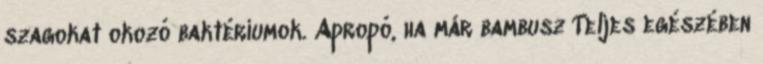
szagokat okozó baktériumok. Apropó, ha már bambusz Teljes egészében